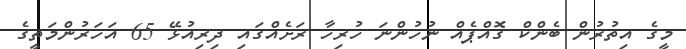
މީގެ އިތުރުން ބެންކް ގޮއްޕެއް ނުހުންނަ ހުރިހާ ރަށެއްގައި ދިރިއުޅޭ 65 އަހަރުންމަތީގެ